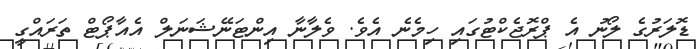
ޑޮލަރުގެ ލޯނު އެ ޕްރޮޖެކްޓުގައި ހިމެނެ އެވެ. ވެލާނާ އިންޓަނޭޝަނަލް އެއާޕޯޓް ތަރައްގީ